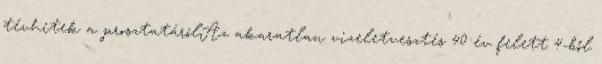
tévhitek a prosztatárólAz akaratlan vizeletvesztés 40 év felett 4-ből